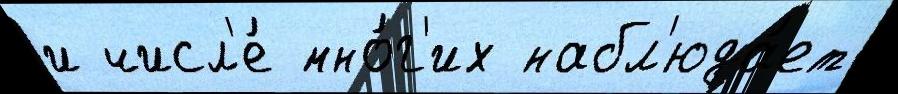
и числ'е́ мно́г'их набл'юда́ет